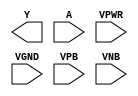
module sky130_fd_sc_hd__clkinv (
    Y   ,
    A   ,
    VPWR,
    VGND,
    VPB ,
    VNB
);

    output Y   ;
    input  A   ;
    input  VPWR;
    input  VGND;
    input  VPB ;
    input  VNB ;
endmodule